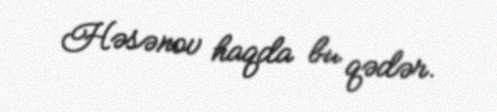
Həsənov haqda bu qədər.